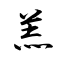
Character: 羔